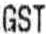
GST